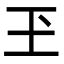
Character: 玊